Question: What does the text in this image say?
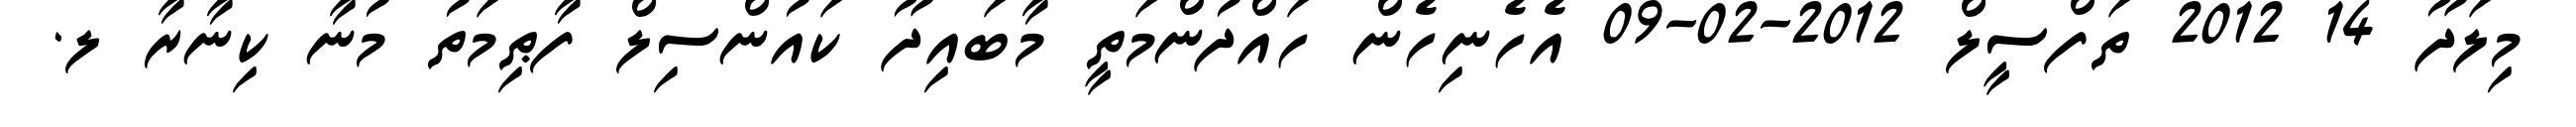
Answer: މިލަދޫ 14 2012 ތަފްސީލް 2012-02-09 އެހެނިހެން ހައްދުންމަތީ މާބައިދޫ ކައުންސިލް ފާޠިމަތު މުނާ ކިނާރާ ލ.